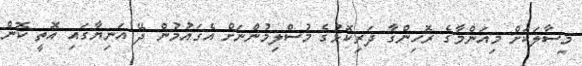
މިސާލަކަށް މިއަންމާގެ ރޮހިންގާ ދަރިކޮޅުގެ މުސްލިމުންނަށް އެގައުމުން ދޭ އަނިޔާގައި އޮތީ ކޮން